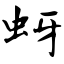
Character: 蚜